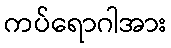
ကပ်ရောဂါအား